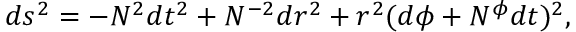
d s ^ { 2 } = - N ^ { 2 } d t ^ { 2 } + N ^ { - 2 } d r ^ { 2 } + r ^ { 2 } ( d \phi + N ^ { \phi } d t ) ^ { 2 } ,